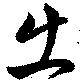
出